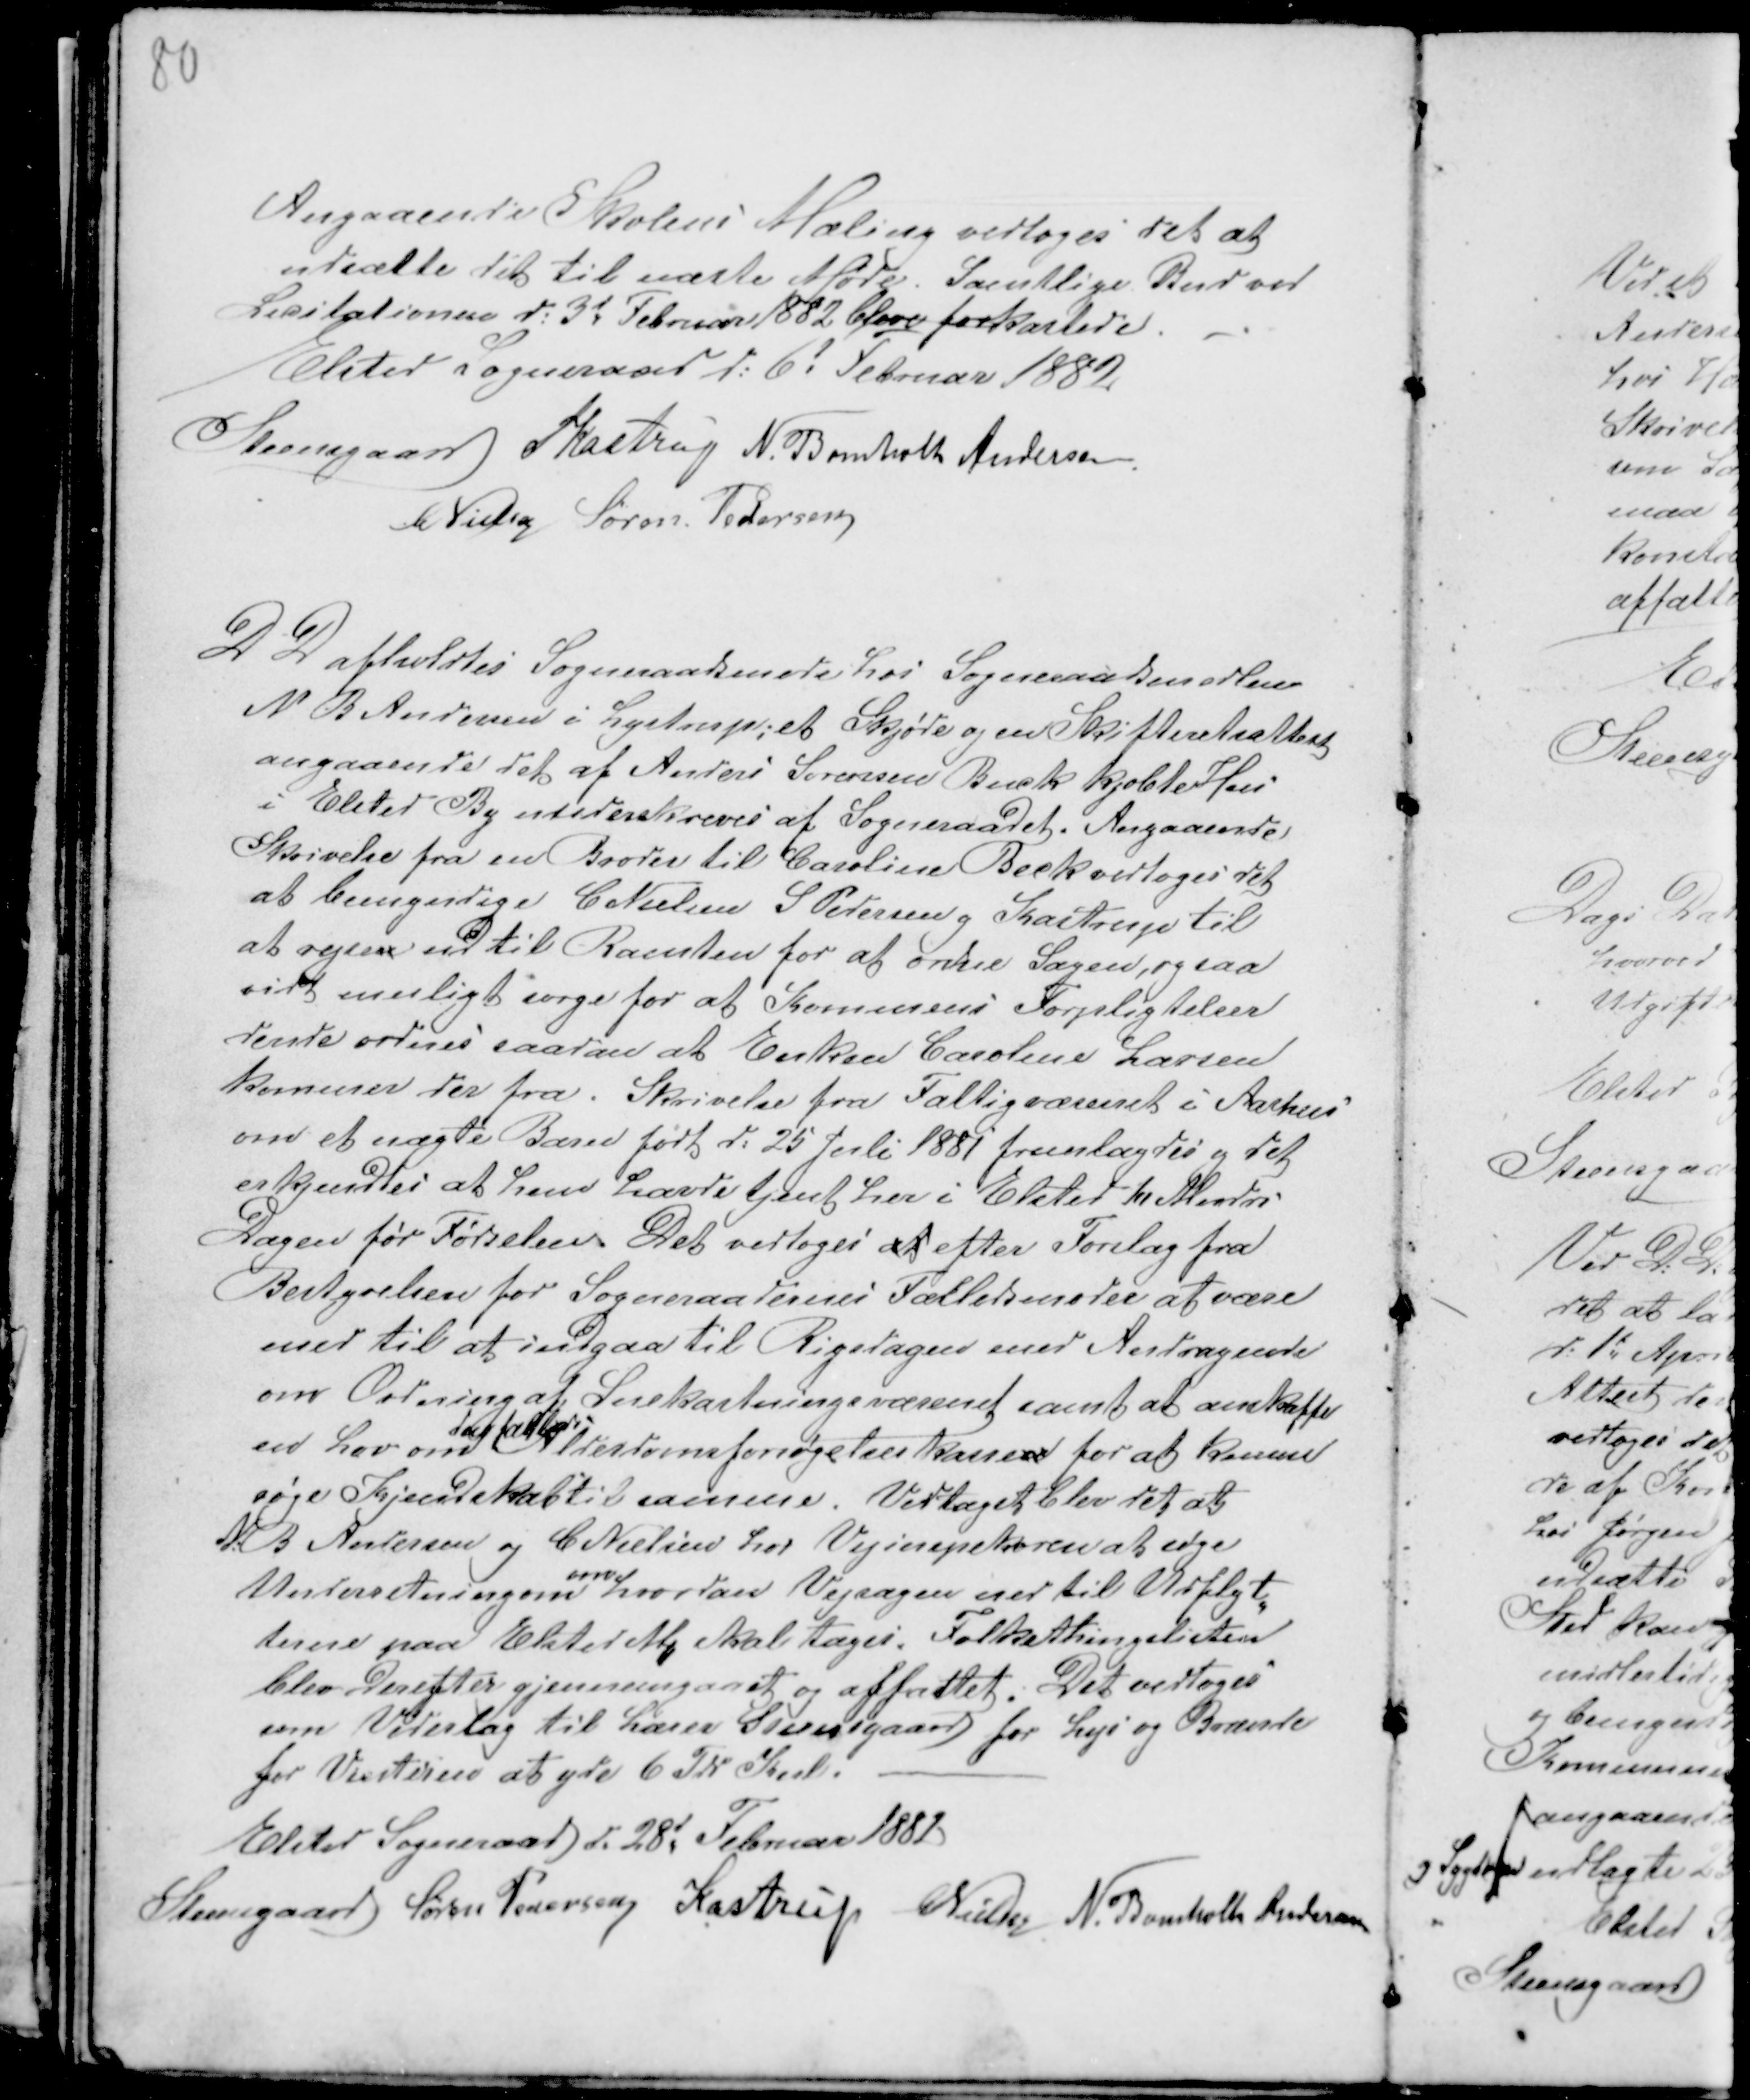
Transskription:
Angaaende Skolens Maling vedtoges det at
udsætte det til næste Møde. Samtlige Bud ved
Licitationen d: 3d Februar 1882 blev forkastede. - .
Elsted Sogneraad d: 6d Februar 1882
Steensgaard PKastrup N. Bomholt Andersen.
C Nielsen Søren Pedersen

D D afholdtes Sogneraadsmøde hos Sogneraadsmedlem
N B Andersen i Lystrup; et Skjøde og en Skifteretsattest
angaaende det af Anders Sørensen Buck kjøbte Hus
i Elsted By underskreves af Sogneraadet. Angaaende
Skrivelse fra en Broder til Caroline Beck vedtoges det
at bemyndige C Nielsen S Pedersen g Kastrup til
at rejse ud til Ramten for at ordne Sagen, og saa
vidt muligt sørge for at Komunens Forpligtelser
dende ordnes saadan at Enken Caroline Larsen
kommer derfra. Skrivelse fra Fattigvæsenet i Aarhus
om et uægte Barn født d: 25 Juli 1881 fremlagdes g det
erkjendtes at hun havde tjent her i Elsted 10 Meadres
Dagen før Fødselen Det vedtoges at efter Forslag fra
Bestyrelsen for Sogneraadernes Fællesmøder at være
med til at indgaa til Rigsdagen med Andragende
om Ordning af Snekastningsvæsenet samt at anskaffe
en Lov om
den fælles
Alderdomsforsørgelseskassen for at kunne
søge Kjendskab til samme. Vedtaget blev det at
N: B Andersen og C Nielsen hos Vejinspektøren at søge
Underretning om
om
hvordan Vejsagen ned til Udflyt-
terne paa Elsted M skal tages. Folkethingslisten
blev derefter gjennemgaaet og affattet. Det vedtoges
som Vederlag til Lærer Steensgaard for Lys og Brænde
for Vinteren at yde 6 Td Kul. -
Elsted Sogneraad d. 28d Februar 1882
Steensgaard Søren Pedersen Kastrup CNielsen N. Bomholt Andersen